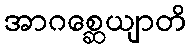
အာဂစ္ဆေယျာတိ